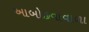
આબોહવાવાળા